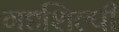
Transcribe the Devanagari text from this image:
गद्यशिल्पी